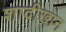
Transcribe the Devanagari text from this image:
शादीखान